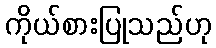
ကိုယ်စားပြုသည်ဟု